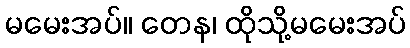
မမေးအပ်။ တေန၊ ထိုသို့မမေးအပ်